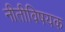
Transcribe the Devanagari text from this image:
नीतीविषयक